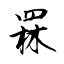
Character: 罧